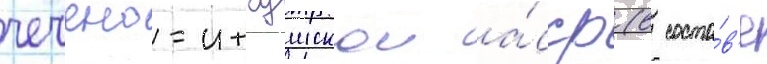
чечено-ингушскои а́сср (в соста́в'е